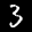
Label: 3